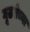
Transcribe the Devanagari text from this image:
गूढतेच्या